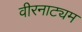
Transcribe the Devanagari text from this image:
वीरनाट्यम